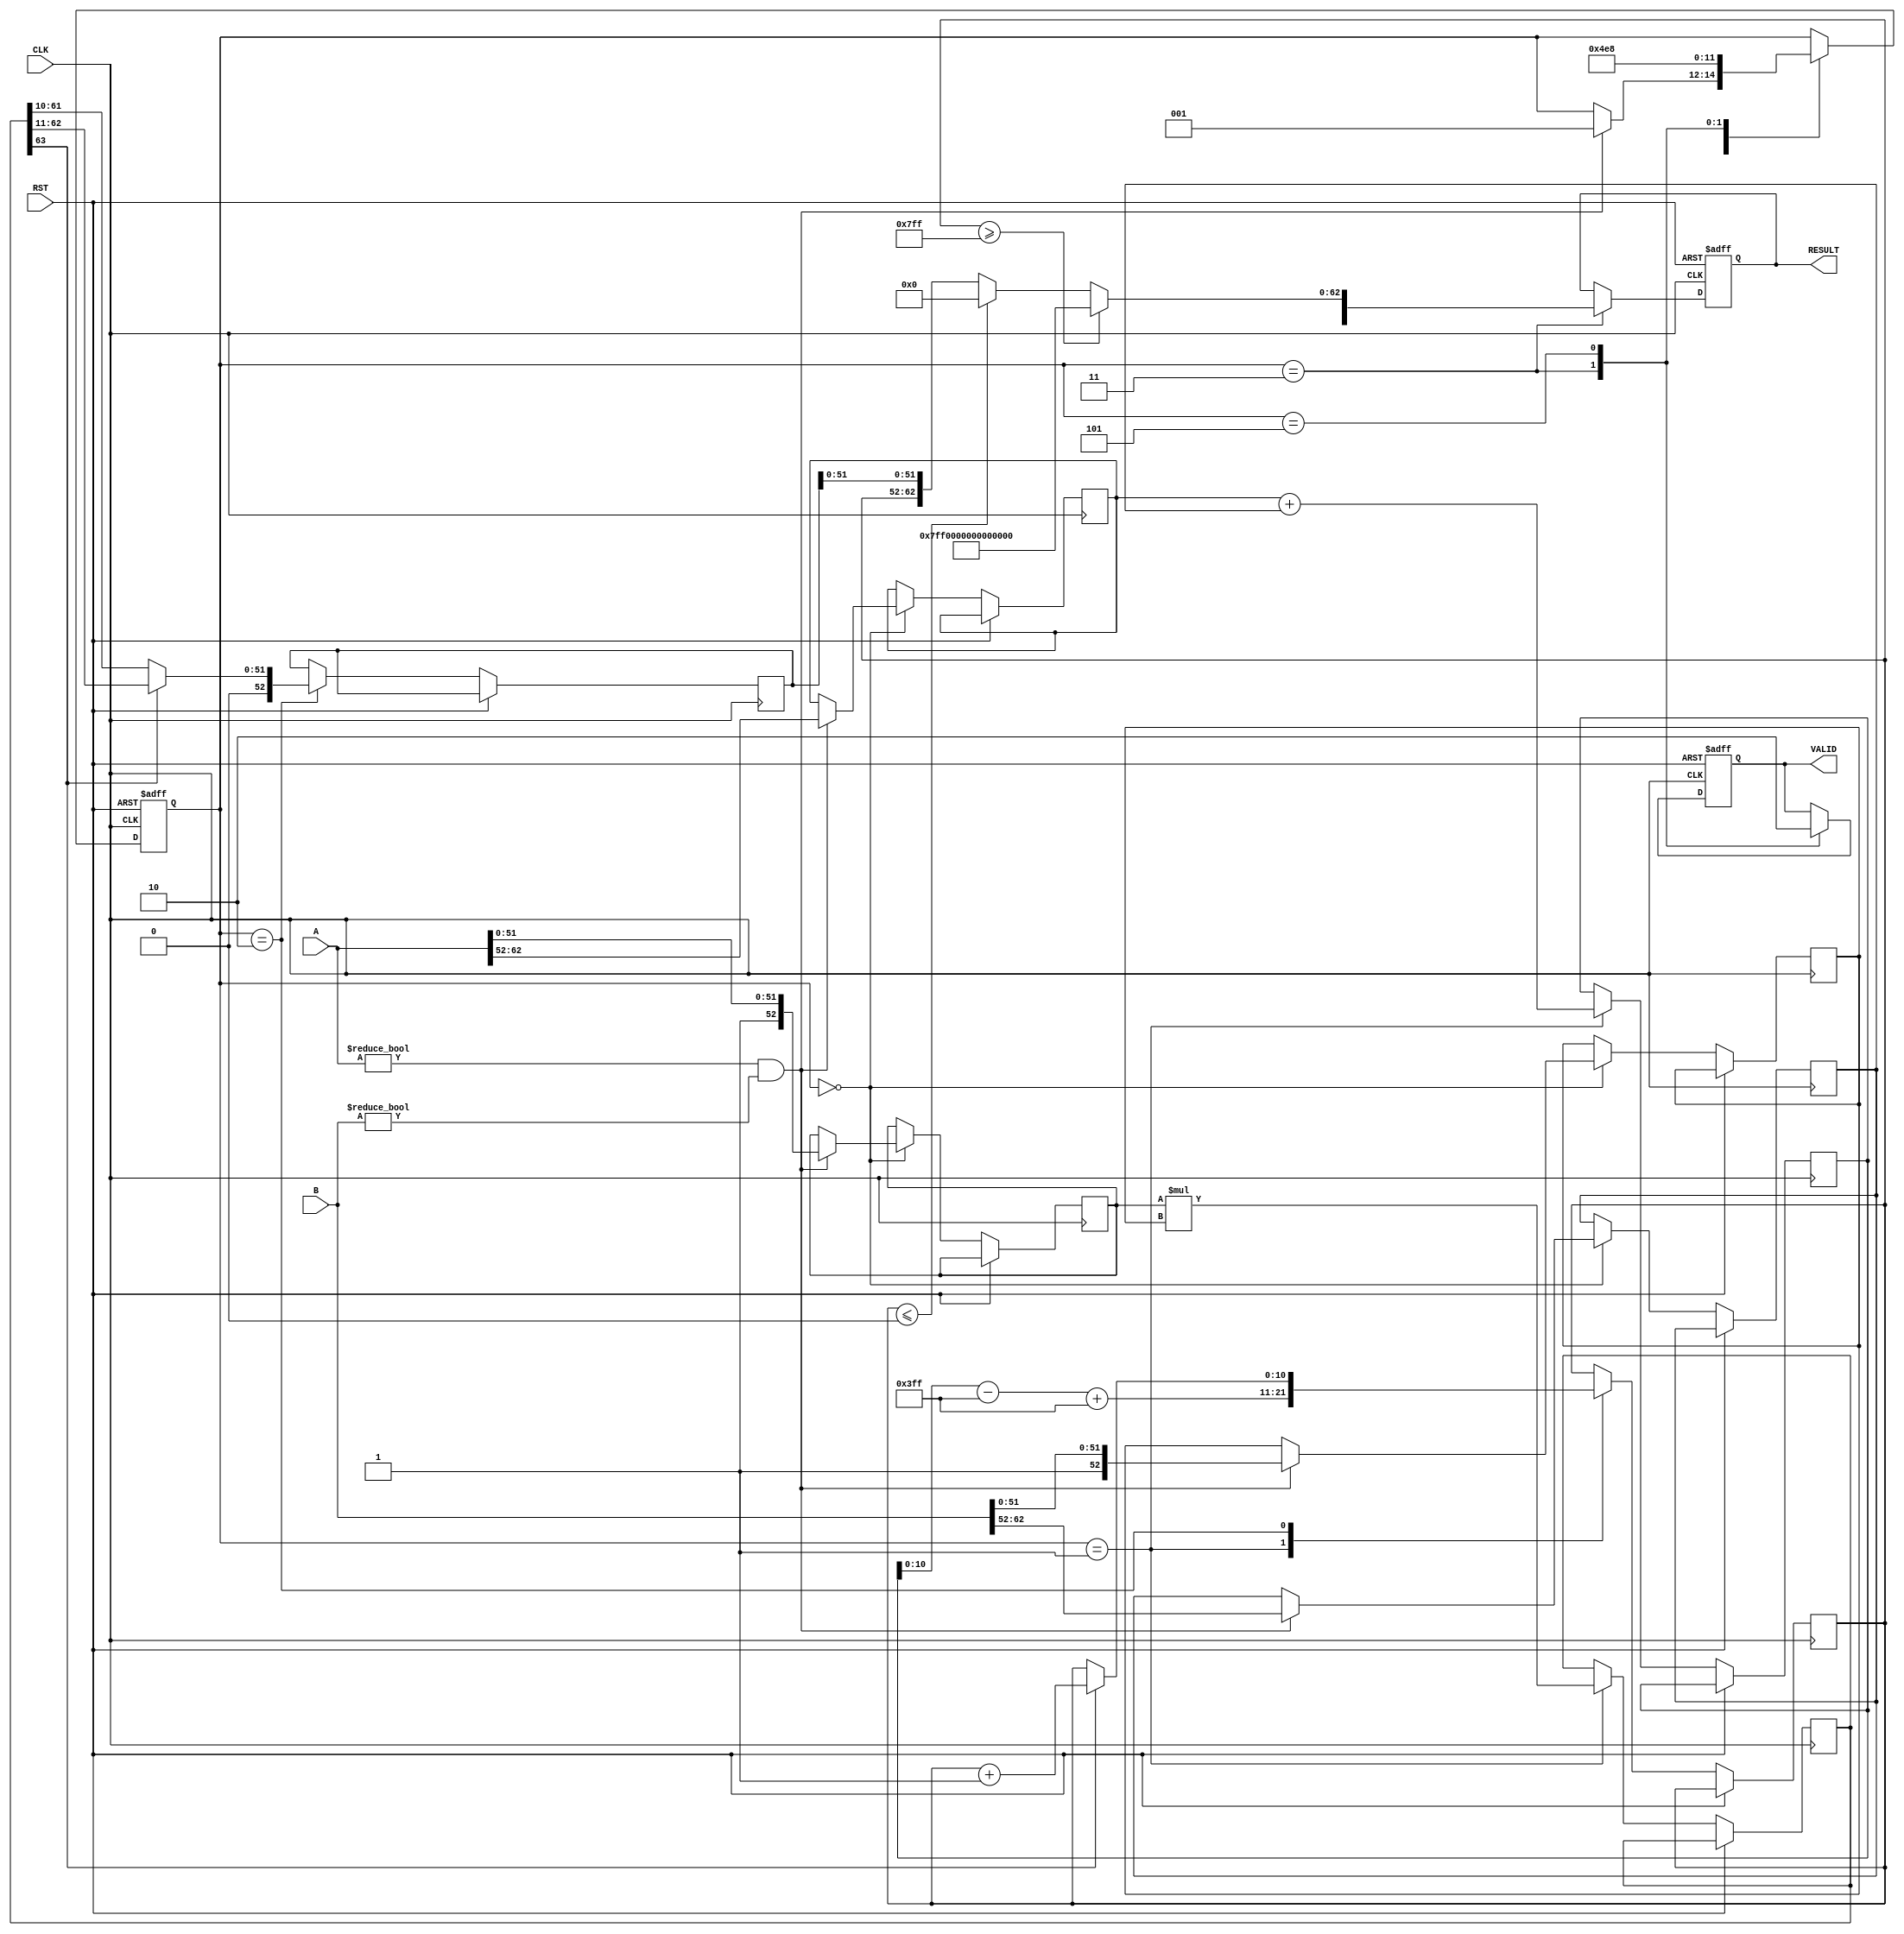
module floating_point_multiplier (
    input wire [63:0] A, // 64-bit input for double precision
    input wire [63:0] B, // 64-bit input for double precision
    input wire CLK,
    input wire RST,
    output reg [63:0] RESULT, // 64-bit output for double precision
    output reg VALID
);
    // Parameters for single and double precision
    parameter SINGLE_PRECISION = 0;
    parameter DOUBLE_PRECISION = 1;
    parameter FLOATING_POINT_MODE = DOUBLE_PRECISION; // Change to SINGLE_PRECISION for 32-bit

    // Constants for bias
    localparam EXPONENT_BIAS_SINGLE = 127;
    localparam EXPONENT_BIAS_DOUBLE = 1023;

    // Internal signals
    reg [10:0] exponent_A, exponent_B, exponent_result;
    reg [52:0] mantissa_A, mantissa_B, mantissa_result;
    reg sign_A, sign_B, sign_result;
    reg [63:0] mantissa_mult_result; // Temporary storage for mantissa multiplication
    reg [11:0] exponent_temp; // Temporary exponent for addition
    reg [63:0] normalized_result; // Final normalized result

    // State variables
    reg [2:0] state;
    localparam IDLE = 3'b000, EXTRACT = 3'b001, MULTIPLY = 3'b010, NORMALIZE = 3'b011, ROUNDED = 3'b100, OUTPUT = 3'b101;

    always @(posedge CLK or posedge RST) begin
        if (RST) begin
            RESULT <= 64'b0;
            VALID <= 1'b0;
            state <= IDLE;
        end else begin
            case (state)
                IDLE: begin
                    if (A != 0 && B != 0) begin
                        // Extract sign, exponent, and mantissa
                        if (FLOATING_POINT_MODE == DOUBLE_PRECISION) begin
                            sign_A <= A[63];
                            exponent_A <= A[62:52];
                            mantissa_A <= {1'b1, A[51:0]}; // Implicit leading 1
                            sign_B <= B[63];
                            exponent_B <= B[62:52];
                            mantissa_B <= {1'b1, B[51:0]}; // Implicit leading 1
                        end else begin
                            sign_A <= A[31];
                            exponent_A <= A[30:23];
                            mantissa_A <= {1'b1, A[22:0]}; // Implicit leading 1
                            sign_B <= B[31];
                            exponent_B <= B[30:23];
                            mantissa_B <= {1'b1, B[22:0]}; // Implicit leading 1
                        end
                        state <= EXTRACT;
                    end
                end

                EXTRACT: begin
                    // Perform mantissa multiplication
                    mantissa_mult_result <= mantissa_A * mantissa_B;
                    exponent_temp <= exponent_A + exponent_B; // Add exponents
                    if (FLOATING_POINT_MODE == DOUBLE_PRECISION) begin
                        exponent_result <= exponent_temp - EXPONENT_BIAS_DOUBLE + EXPONENT_BIAS_DOUBLE; // Adjust bias
                    end else begin
                        exponent_result <= exponent_temp - EXPONENT_BIAS_SINGLE + EXPONENT_BIAS_SINGLE; // Adjust bias
                    end
                    state <= MULTIPLY;
                end

                MULTIPLY: begin
                    // Normalize the result
                    if (mantissa_mult_result[63]) begin
                        // If leading bit is 1, shift right
                        mantissa_result <= mantissa_mult_result[62:11]; // Keep the top 52 bits
                        exponent_result <= exponent_result + 1; // Adjust exponent
                    end else begin
                        mantissa_result <= mantissa_mult_result[61:10]; // Keep the top 52 bits
                    end
                    state <= NORMALIZE;
                end

                NORMALIZE: begin
                    // Handle overflow and underflow
                    if (exponent_result >= 2047) begin
                        // Overflow
                        RESULT <= {sign_result, 11'b11111111111, 52'b0}; // Set to infinity
                    end else if (exponent_result <= 0) begin
                        // Underflow
                        RESULT <= {sign_result, 11'b0, 52'b0}; // Set to zero
                    end else begin
                        // Assemble the result
                        RESULT <= {sign_result, exponent_result[10:0], mantissa_result[51:0]};
                    end
                    VALID <= 1'b1;
                    state <= OUTPUT;
                end

                OUTPUT: begin
                    // Wait for the next operation
                    VALID <= 1'b0;
                    state <= IDLE;
                end
            endcase
        end
    end
endmodule